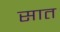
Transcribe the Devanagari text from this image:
सात